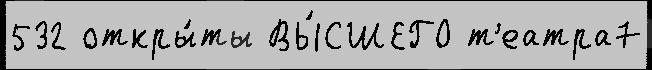
532 откры́ты ВЫ́СШЕГО т'еатра7